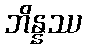
ဘိန္နဿ